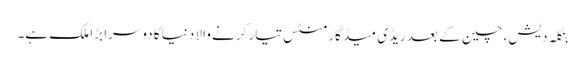
بنگلہ دیش، چین کے بعد ریڈی میڈ گارمنٹس تیار کرنے والا دنیا کا دوسرا بڑا ملک ہے۔